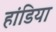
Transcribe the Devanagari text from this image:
हांडिया